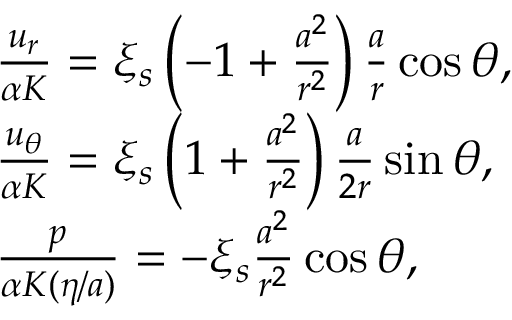
\begin{array} { r l } & { \frac { u _ { r } } { \alpha K } = \xi _ { s } \left( - 1 + \frac { a ^ { 2 } } { r ^ { 2 } } \right) \frac { a } { r } \cos \theta , } \\ & { \frac { u _ { \theta } } { \alpha K } = \xi _ { s } \left( 1 + \frac { a ^ { 2 } } { r ^ { 2 } } \right) \frac { a } { 2 r } \sin \theta , } \\ & { \frac { p } { \alpha K ( \eta / a ) } = - \xi _ { s } \frac { a ^ { 2 } } { r ^ { 2 } } \cos \theta , } \end{array}